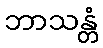
ဘာသန္တံ